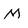
Character: M